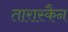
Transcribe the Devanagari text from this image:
तारास्कैन